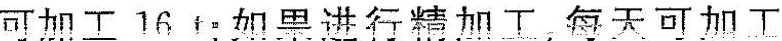
可加工16t；如果进行精加工，每天可加工